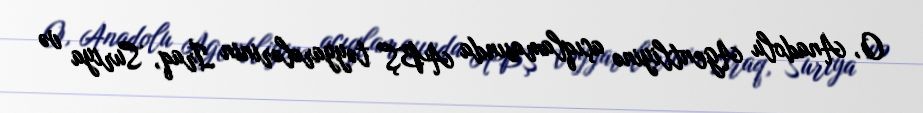
O, Anadolu Agentliyinə açıqlamasında ABŞ təyyarələrinin İraq, Suriya və